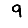
Digit: 9